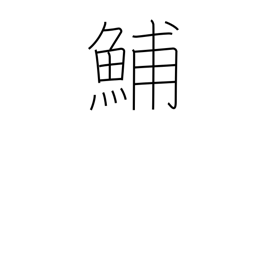
Meaning: type of herring